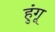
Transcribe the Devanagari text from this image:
हुंगू